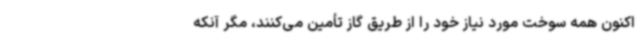
‌اکنون همه سوخت مورد نیاز خود را از طریق گاز تأمین می‌کنند، مگر آنکه